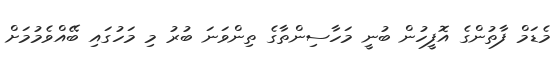
މެޑަމް ފާތުންގެ އޮފީހުން ބުނީ މަހާސިންތާގެ ތިންވަނަ ބުރު މި މަހުގައި ބޭއްވެމުމަށް